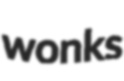
wonks